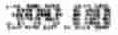
399.00